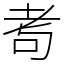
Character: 耉